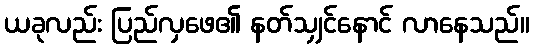
ယခုလည်း ပြည်လှဖေ၏ နတ်သျှင်နောင် လာနေသည်။